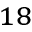
^ { 1 8 }